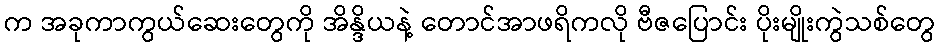
က အခုကာကွယ်ဆေးတွေကို အိန္ဒိယနဲ့ တောင်အာဖရိကလို ဗီဇပြောင်း ပိုးမျိုးကွဲသစ်တွေ